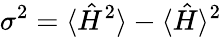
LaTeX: \sigma^{2}=\langle\hat{H}^{2}\rangle-\langle\hat{H}\rangle^{2}